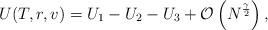
LaTeX: \begin{align*}U(T,r,v)=U_{1}-U_{2}-U_{3}+\mathcal{O}\left(N^{\frac{\gamma}{2}}\right),\end{align*}